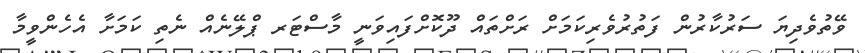
ވޭތުވެދިޔަ ސަރުކާރުން ފަތުރުވެރިކަމަށް ރަށްތައް ދޫކޮށްފައިވަނީ މާސްޓަރ ޕްލޭނެއް ނެތި ކަމަށާ އެހެންވީމާ